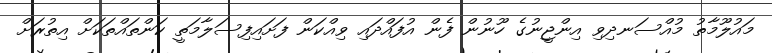
މައުލޫމާތު މުއްސަނދިވި އިންޖީނުގެ ހޫނުން ފެން އުފައްދައި ވިއްކަން ފަށައިފިސަލާމަތީ ކަންތައްތަކަށް އިތުރަށް